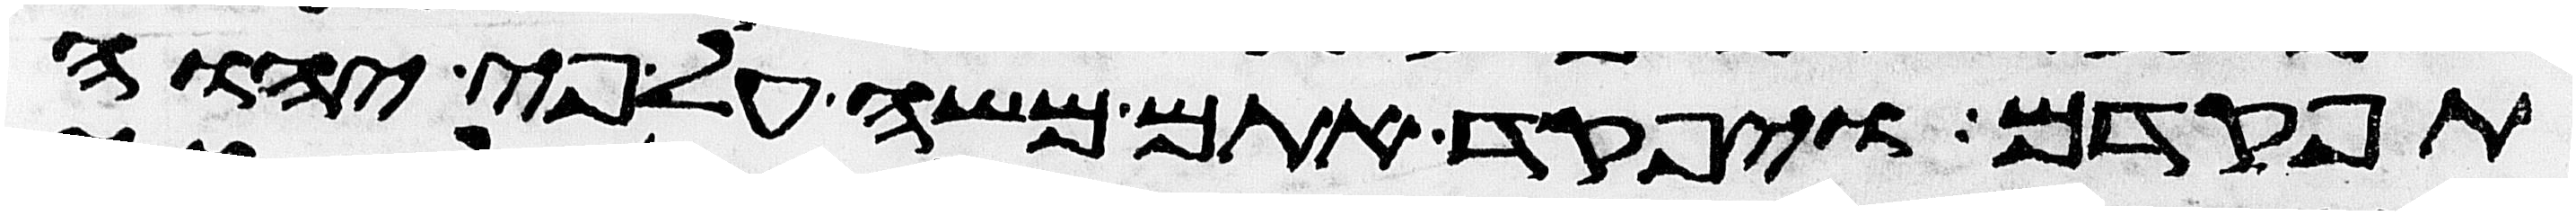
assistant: תפקדם ויפקד אתם משה על פי יהוה